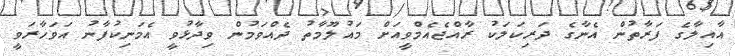
އާއިލާގެ ފަރާތުން އެނާގެ ދަރިކަލަކު ރާއްޖެއެމްވީއަށް މައުލޫމާތު ދެެއްވަމުން ވިދާޅުވީ އެމަނިކުފާނު އަވަހާރަވީ